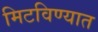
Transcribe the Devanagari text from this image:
मिटविण्यात